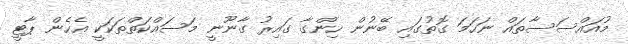
މުއައްސަސާތައް ނަހަމަ ގޮތުގައި ބޭނުން ހިންގާ ގައިރު ގާނޫނީ މަސައްކަތްތަކަކީ އެހެން ޕާޓީ